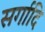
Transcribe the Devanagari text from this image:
सर्गादि